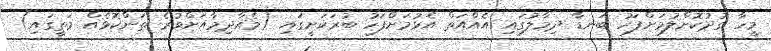
މީހާ ގުދުކޮށްލުމަށްފަހު ބަނޑާ ދިމާލުގައި އެއްއަތް އެޅުމަށްފަހު ބުރަކަށީގައި (މެއާދިމާއަށްވުރެ ތަންކޮޅެއް މަތީގައި)